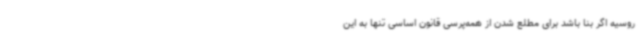
روسیه اگر بنا باشد برای مطلع شدن از همه‌پرسی قانون اساسی تنها به این